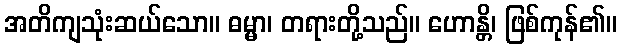
အတိကျသုံးဆယ်သော။ ဓမ္မာ၊ တရားတို့သည်။ ဟောန္တိ၊ ဖြစ်ကုန်၏။